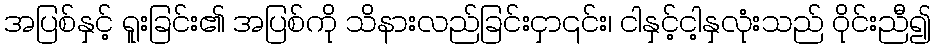
အပြစ်နှင့် ရူးခြင်း၏ အပြစ်ကို သိနားလည်ခြင်းငှာ၎င်း၊ ငါနှင့်ငါ့နှလုံးသည် ဝိုင်းညီ၍